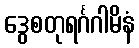
ဒွေစတုရင်္ဂဂါမိနံ